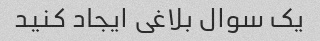
یک سوال بلاغی ایجاد کنید